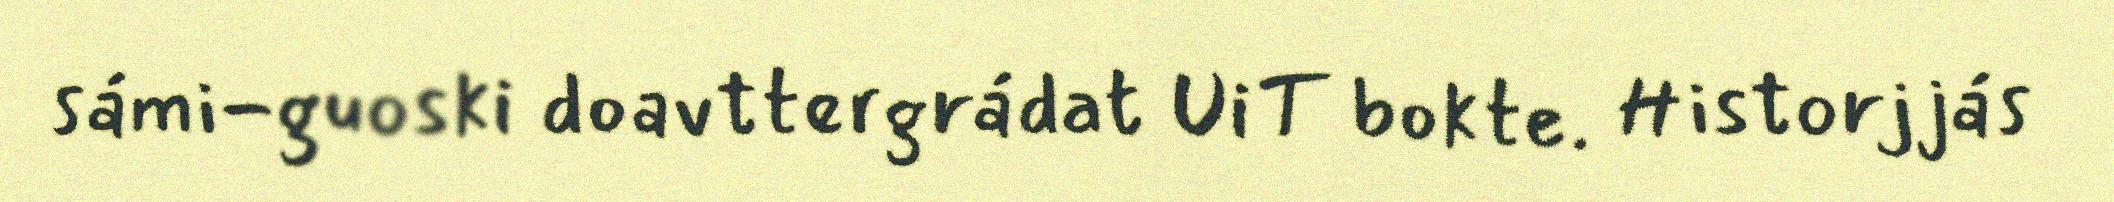
sámi-guoski doavttergrádat UiT bokte. Historjjás